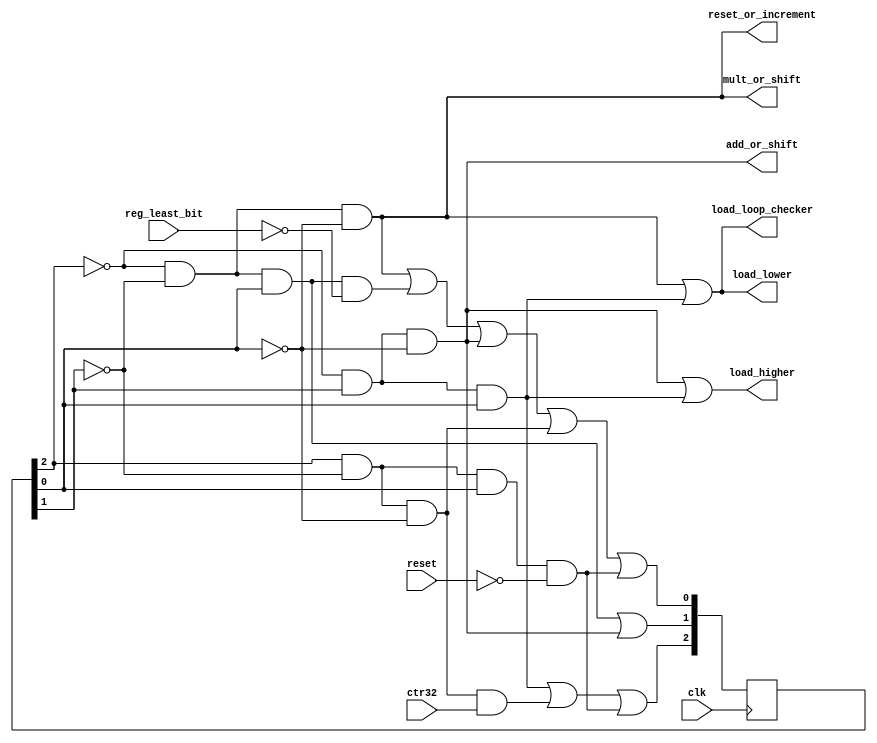
// Control unit behavioral 
module control(input reg_least_bit, input ctr32, input reset, input clk,
				output add_or_shift, output load_higher, output mult_or_shift, output load_lower, output reset_or_increment, output load_loop_checker);

	reg [2:0] R;
	wire [2:0] N;
	
	wire not_reg_least_bit, notR2, notR1, notR0, reset_wire;
	assign notR2 = ~R[2];
	assign notR1 = ~R[1];
	assign notR0 = ~R[0];
	assign reset_wire = (R[2] & notR1 & R[0] & ~reset);

	/*N2 output of table = R2.R1.R0 + R2.R1.R0.ctr32 + R2.R1.R0.reset*/
	assign N[2] = ((notR2 & R[1] & R[0]) |
						(R[2] & notR1 & notR0 & ctr32) |
						reset_wire);

	/*N1 output of table = R2.R1.R0 + R2.R1.R0 */
	assign N[1] = ((notR2 & notR1 & R[0]) |
						(notR2 & R[1] & notR0));
						

	/*N0 output of table = R2.R1.R0 + R2.R1.R0. reg_least_bit + R2.R1.R0 + R2.R1.R0 + R2.R1.R0.Reset*/
	assign N[0] = ((notR2 & notR1 & notR0) |
						(notR2 & notR1 & R[0] & not_reg_least_bit) |
						(notR2 & R[1] & notR0) |
						(R[2] & notR1 & notR0) | reset_wire);

	assign not_reg_least_bit = ~reg_least_bit;
	/*mult_or_shift = R2.R1.R0*/
	assign mult_or_shift = (notR2 & notR1 & notR0);

	/*load_lower = R2.R1.R0 + R2.R1.R0*/
	assign load_lower = ((notR2 & notR1 & notR0) | (notR2 & R[1] & R[0]));

	/*Load_loop_checker = R2.R1.R0 + R2.R1.R0*/
	assign load_loop_checker = ((notR2 & notR1 & notR0) | (notR2 & R[1] & R[0]));

	/*reset_or_increment = R2.R1.R0*/
	assign reset_or_increment = (notR2 & notR1 & notR0);

	/*add_or_shift = R2.R1.R0*/
	assign add_or_shift = (notR2 & R[1] & notR0);

	/*Load_higher = R2.R1.R0+ R2'.R1.R0*/
	assign load_higher = ((notR2 & R[1] & notR0) | (notR2 & R[1] & R[0]));
	
	// debug purpose only
	//always @*
    //$display("1Control: add_or_sh =%b, mult_or_shift= %b, res_or_inc= %b",add_or_shift, mult_or_shift, reset_or_increment);	 
	

	initial begin
		// start from 3 bit binary 0
		R = 3'b000;
	end


	always @ (posedge clk)
	begin
		R <= N;
	end

endmodule